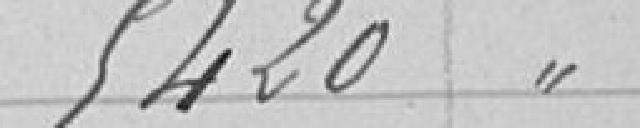
5420